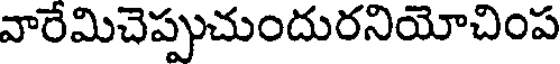
వారేమిచెప్పుచుందురనియోచింప